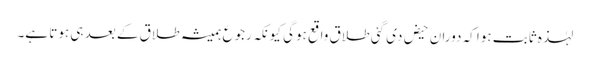
لہٰذہ ثابت ہوا کہ دورانِ حیض دی گئی طلاق واقع ہوگی کیونکہ رجوع ہمیشہ طلاق کے بعد ہی ہوتا ہے۔